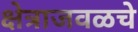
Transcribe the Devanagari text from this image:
क्षेत्राजवळचे